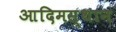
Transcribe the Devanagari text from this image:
आदिमस्थान